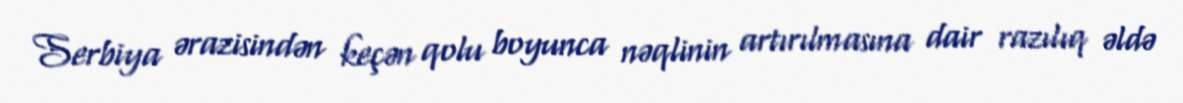
Serbiya ərazisindən keçən qolu boyunca nəqlinin artırılmasına dair razılıq əldə